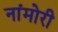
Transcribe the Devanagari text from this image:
नांमोरी